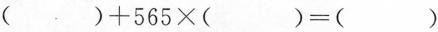
$$( )+565\times( )=( )$$